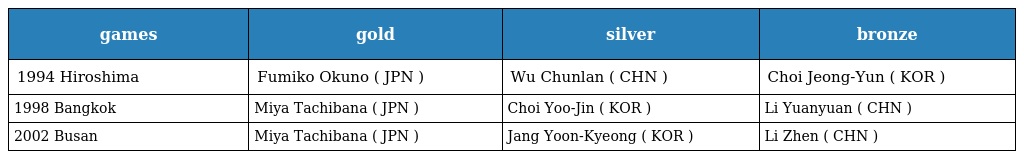
| games | gold | silver | bronze |
 | --- | --- | --- | --- |
 | 1994 Hiroshima | Fumiko Okuno ( JPN ) | Wu Chunlan ( CHN ) | Choi Jeong-Yun ( KOR ) |
 | 1998 Bangkok | Miya Tachibana ( JPN ) | Choi Yoo-Jin ( KOR ) | Li Yuanyuan ( CHN ) |
 | 2002 Busan | Miya Tachibana ( JPN ) | Jang Yoon-Kyeong ( KOR ) | Li Zhen ( CHN ) |